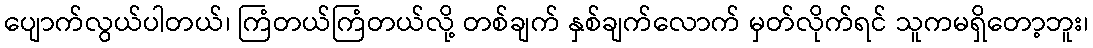
ပျောက်လွယ်ပါတယ်၊ ကြံတယ်ကြံတယ်လို့ တစ်ချက် နှစ်ချက်လောက် မှတ်လိုက်ရင် သူကမရှိတော့ဘူး၊